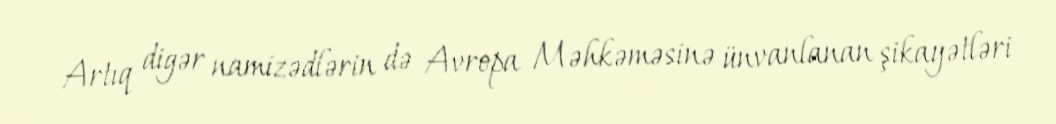
Artıq digər namizədlərin də Avropa Məhkəməsinə ünvanlanan şikayətləri